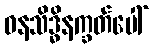
ဓနသိဒ္ဓိနက္ခတ်ပေါ်